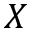
X